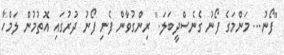
"ފޯނު... މަންމަގެ ފޯނު ގެނެސްދީބަލަ." ރިންގުވާން ފެށި ފޯނު ދުރުގައި އޮތުމުން ލަމްހާ